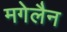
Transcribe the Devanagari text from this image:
मगेलैन